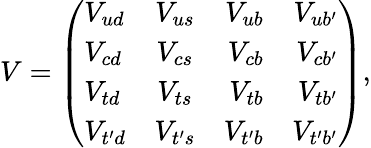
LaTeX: V=\left(\begin{array}{lcrr}{{V_{ud}}}&{{V_{us}}}&{{V_{ub}}}&{{V_{ub^{\prime}}}}\\ {{V_{cd}}}&{{V_{cs}}}&{{V_{cb}}}&{{V_{cb^{\prime}}}}\\ {{V_{td}}}&{{V_{ts}}}&{{V_{tb}}}&{{V_{tb^{\prime}}}}\\ {{V_{t^{\prime}d}}}&{{V_{t^{\prime}s}}}&{{V_{t^{\prime}b}}}&{{V_{t^{\prime}b^{\prime}}}}\end{array}\right),